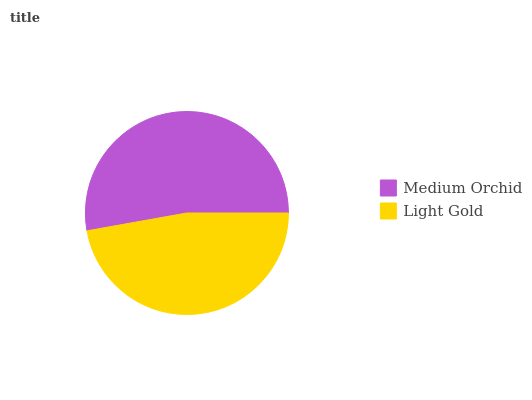
| Medium Orchid | Light Gold |
 | --- | --- |
 | 52.8% | 47.2% |